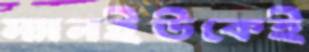
ম্যানইউকেই